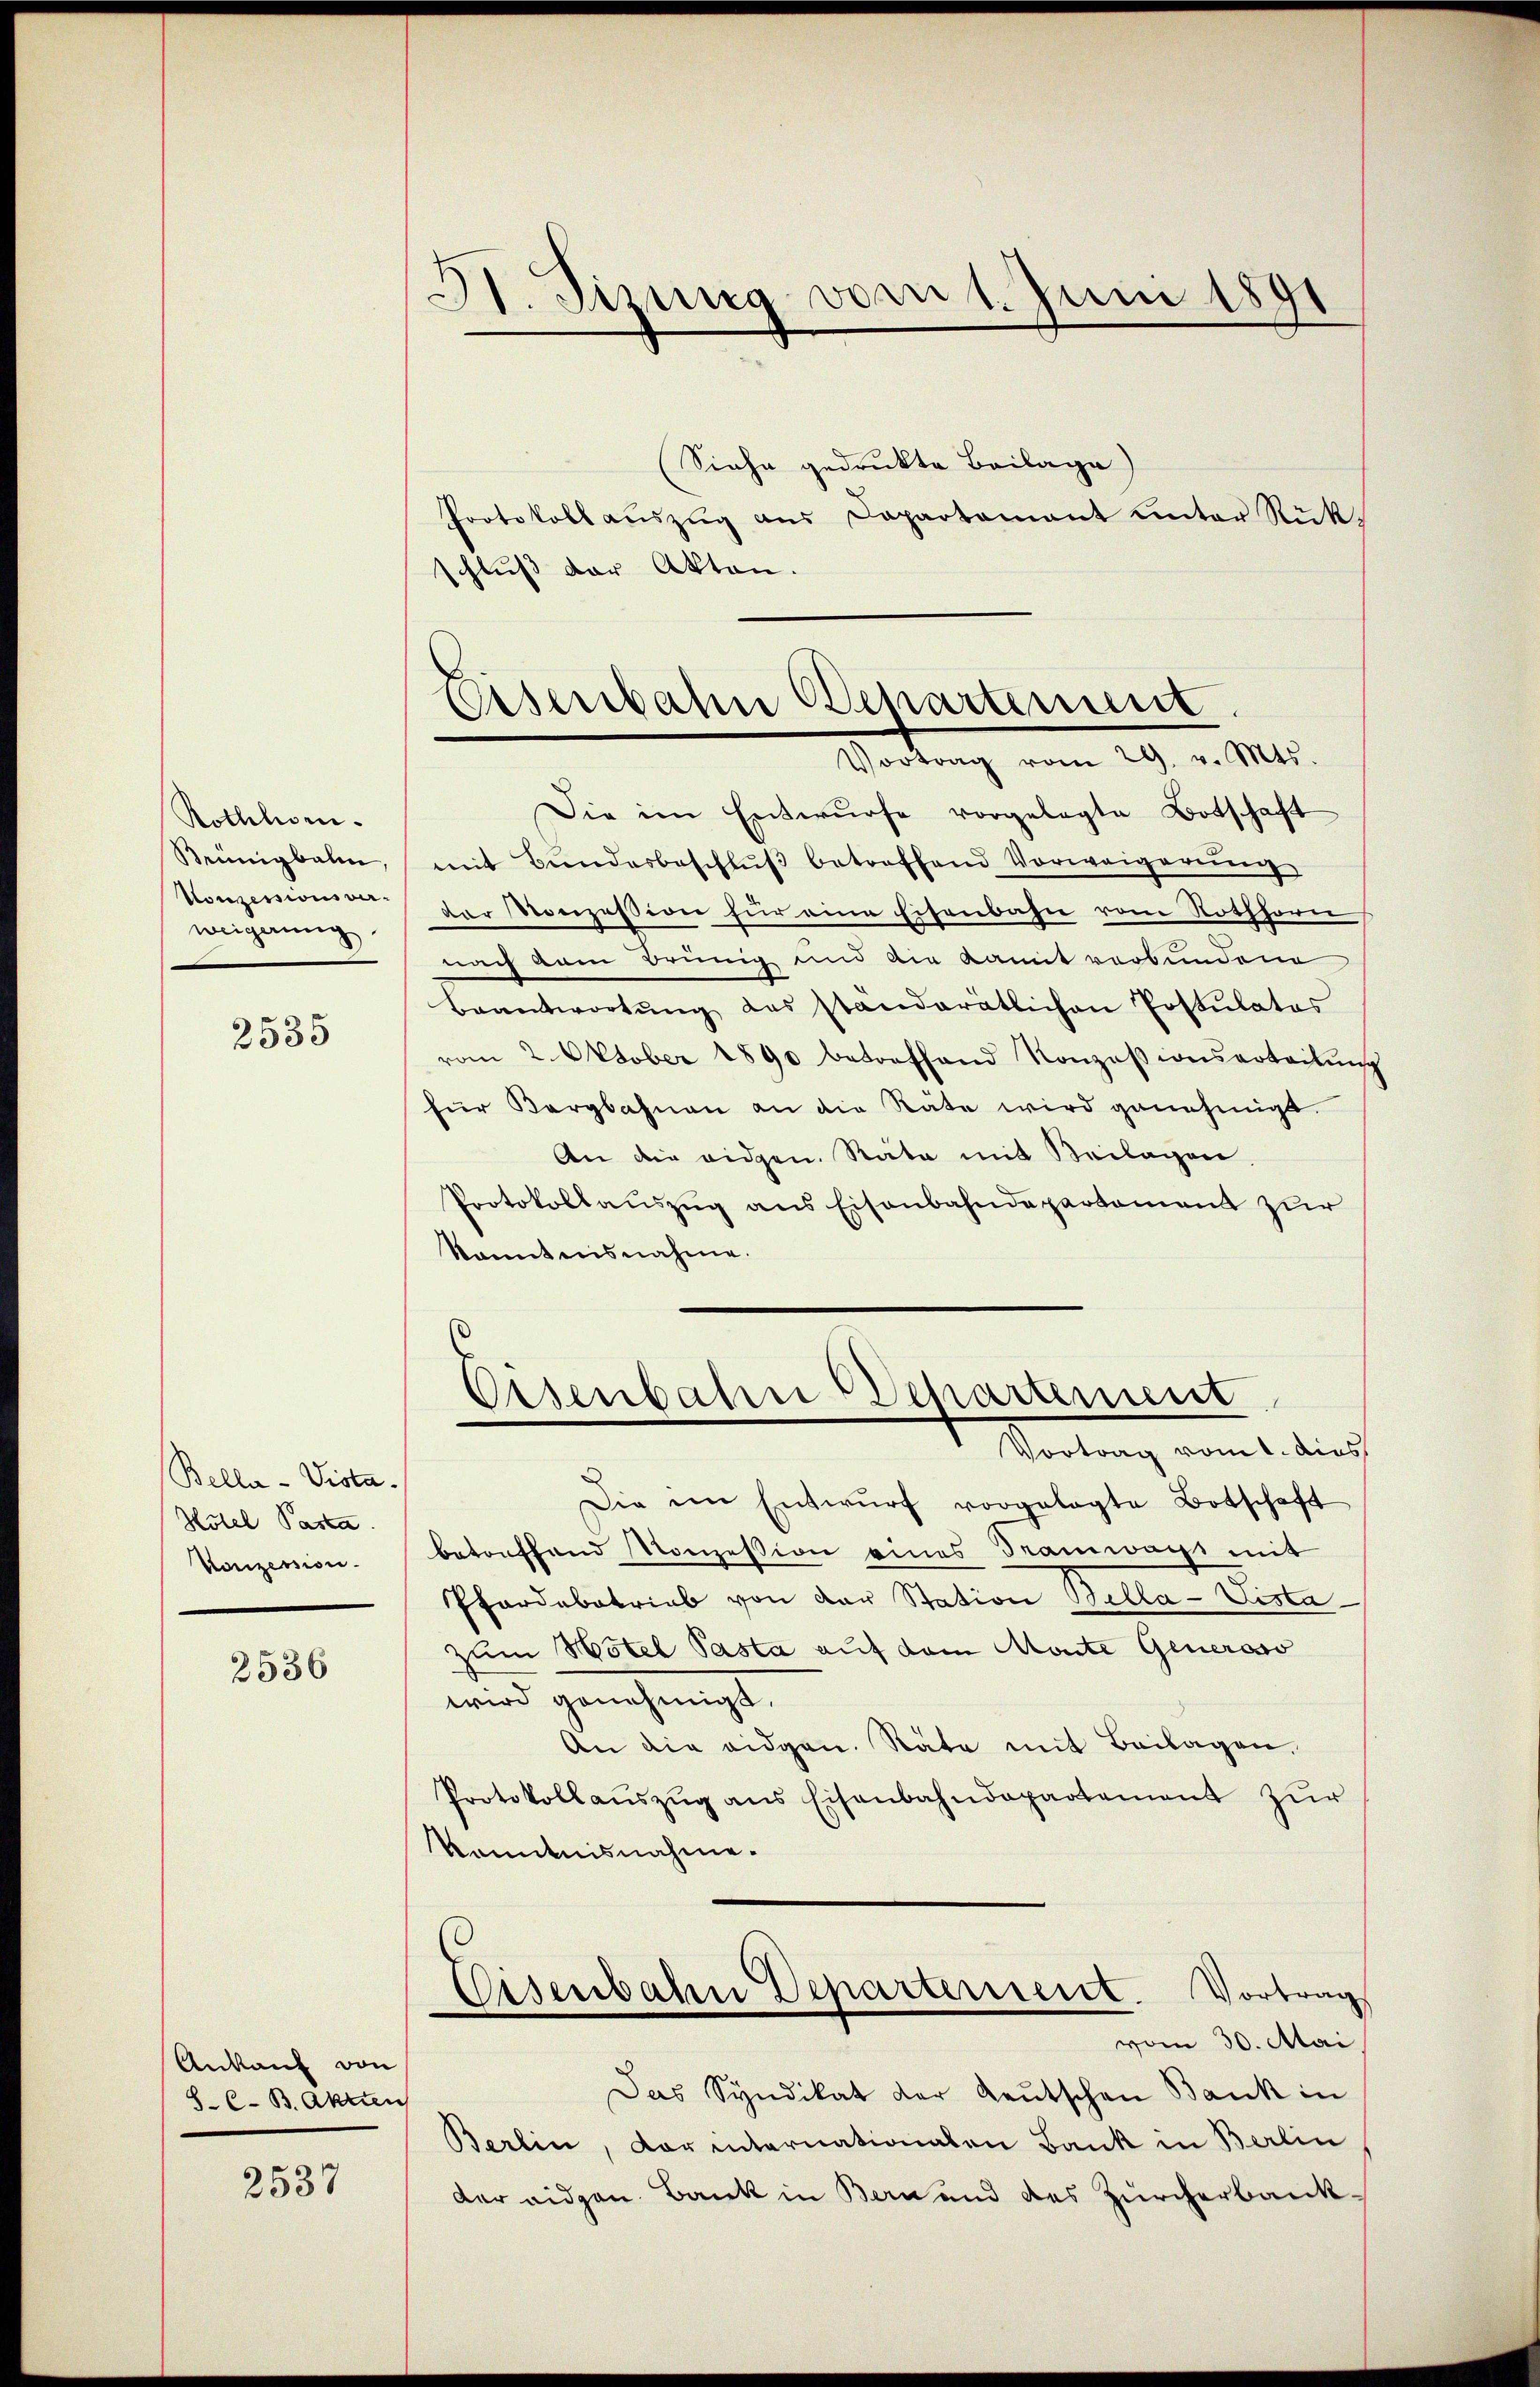
Rothlen.
Keünigbalm
Konzessionsver
weigerung

2535

Bella-Vista.
Hotel Pasta
Konzession.

2536

Ankauf von
8. C. B. Akten

2537

II. Sizung vom 1. Juni 1891

Siehe gedrukte Beilage)
Protokoll aŭszŭg aŭs Dapartamant unter Rückschluß der Akten.

Eisenbahn Behartement
Vortrag vom 29. v. Mts.

Eisenbahn (Departement

Die im Entwurfe vorgelegte Botschaft
mit Bundesbeschlŭβ betreffend Vorweigerŭng
der Konzession für eine Eisenbahn vom Rothhorn
nach dem Brung und die Kamit verbundene
Beantwortŭng des standeratlichen Postulatos
vom 2. Oktober 1890 betreffend Konzessionserteitŭng
für Bergbahnen an die Stäte wird genehmigt.
An die eidgen. Räte mit Beilagen.
Protokollauszug aus Eisenbahndepartement zur
kanntnisnahme.
Vortrag vom 1. dies
Die im Entwŭrf vorgelegte Botschaft
betonffend Konzession eines Tramwagt mit
Pferdebatrieb von der Station Bella-Vistazum Hotel Pasta auf dem Monte Generoso
wird genehmigt.
An die eidgen. Räte mit Beilagen,
Protokollaŭszŭg ans Eisenbahndepartement zŭr
kanntnisnahme.
Eisenbahn Departerient. Vortrag
vom 30. Mai
Das Syndikat der Leŭtschen Bank in
Berlin, dar internationalen Bank in Berlin
der eidgen. Bank in Bern und des Zürcherbank